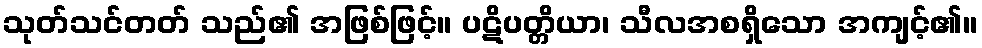
သုတ်သင်တတ် သည်၏ အဖြစ်ဖြင့်။ ပဋိပတ္တိယာ၊ သီလအစရှိသော အကျင့်၏။